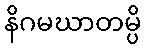
နိဂမဃာတမ္ပိ